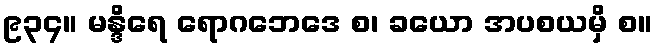
၉၃၄။ မန္ဒိရေ ရောဂဘေဒေ စ၊ ခယော အပစယမှိ စ။